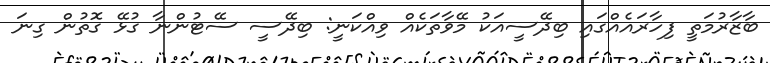
ބާޒާރުމަތީ ފިހާރައެއްގައި ބިދޭސީއަކު މޭވާތަކެއް ވިއްކަނީ: ބިދޭސީ ސޭޓުންނާ ގުޅޭ ގޮތުން ގިނަ